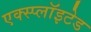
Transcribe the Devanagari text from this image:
एक्स्प्लाॅइटेड